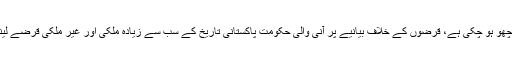
مالی خسارہ عروج پر ہے، ہاٹ منی اڑنچھو ہو چکی ہے، قرضوں کے خلاف بیانیے پر آنی والی حکومت پاکستانی تاریخ کے سب سے زیادہ ملکی اور غیر ملکی قرضے لینے والی حکومت میں تبدیل ہو چکی ہے۔